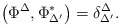
\begin{align*}\left( \Phi ^{\Delta },\Phi _{\Delta ^{\prime }}^{*}\right) =\delta _{\Delta^{\prime }}^{\Delta }. \end{align*}